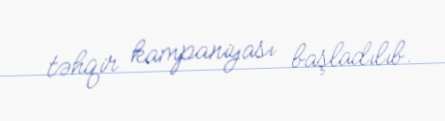
təhqir kampaniyası başladılıb.